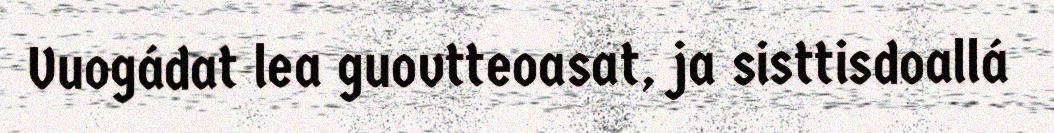
Vuogádat lea guovtteoasat, ja sisttisdoallá